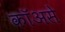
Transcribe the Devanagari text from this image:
कॉअसे